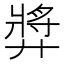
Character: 㢡